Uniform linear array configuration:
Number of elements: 48
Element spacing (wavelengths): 0.5
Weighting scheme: cosine
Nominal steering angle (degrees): -45
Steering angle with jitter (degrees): -43.197
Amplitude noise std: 0.05
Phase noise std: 0.05

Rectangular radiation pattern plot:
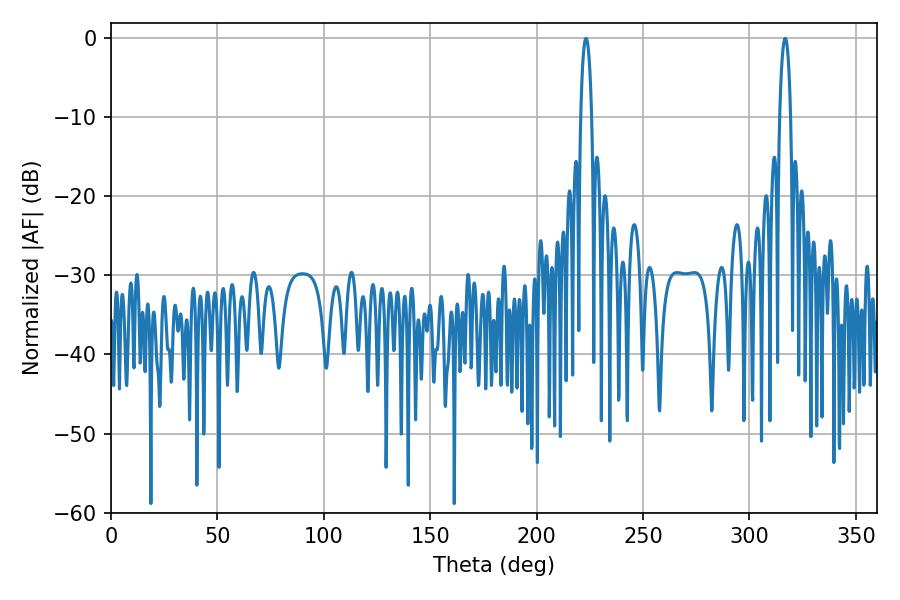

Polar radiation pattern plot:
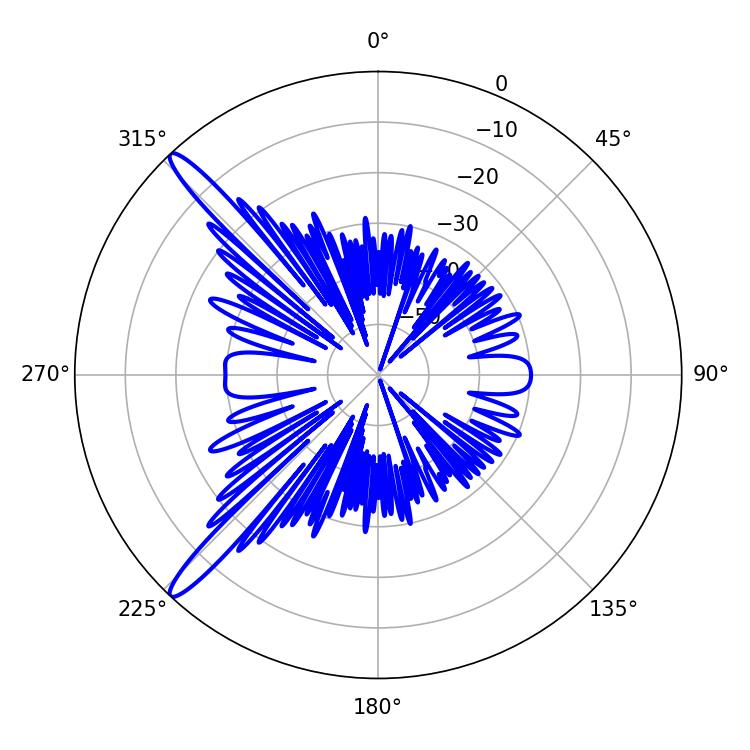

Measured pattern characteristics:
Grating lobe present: FALSE
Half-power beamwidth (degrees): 2.88
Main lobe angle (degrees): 223.2